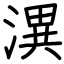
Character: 潩